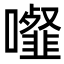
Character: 𩐉